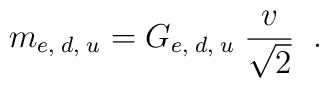
m_{e, \; d, \; u}=G_{e, \; d, \; u} \; \frac{v}{\sqrt{2}} \; \; .